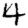
Digit: 4